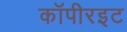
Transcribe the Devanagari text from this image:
कॉपीरइट